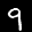
Label: 9